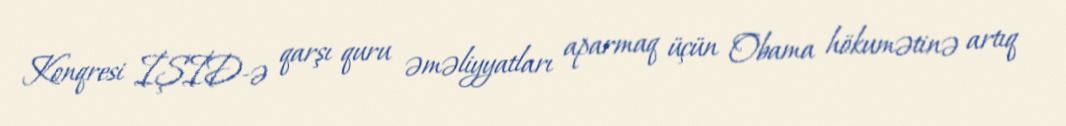
Konqresi İŞİD-ə qarşı quru əməliyyatları aparmaq üçün Obama hökumətinə artıq